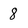
Character: 8